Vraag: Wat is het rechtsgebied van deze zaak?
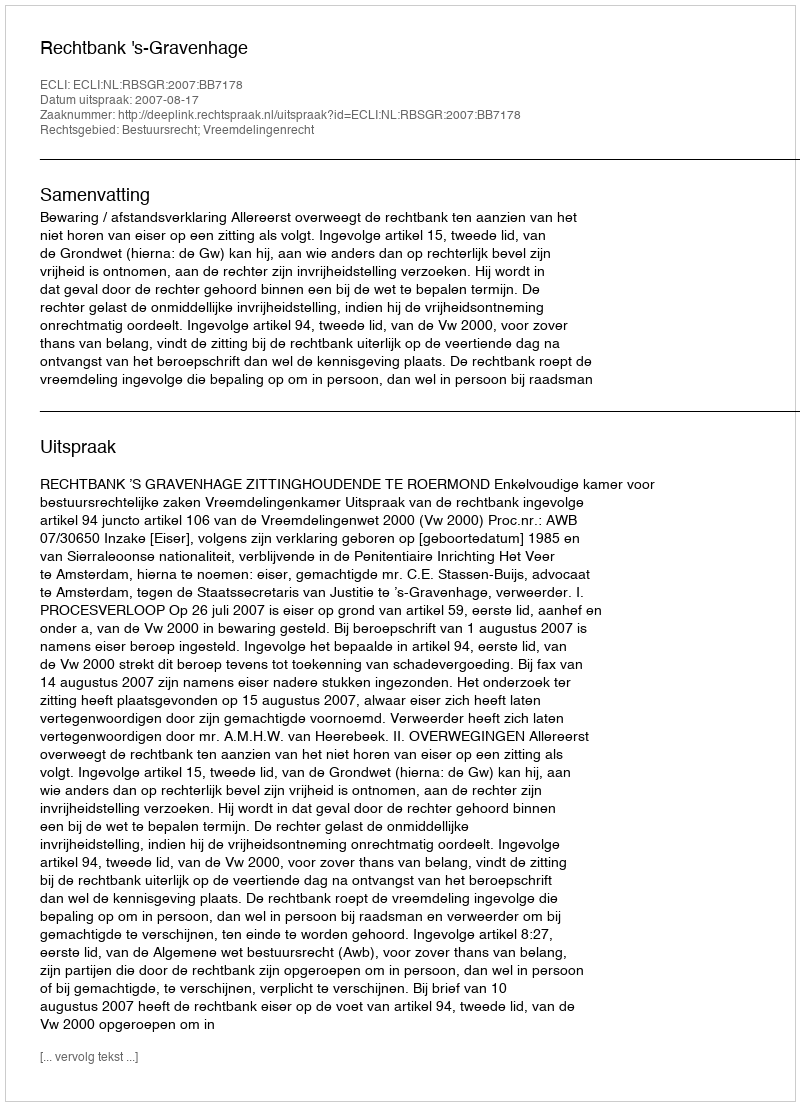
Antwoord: Bestuursrecht; Vreemdelingenrecht